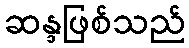
ဆန္ဒဖြစ်သည်